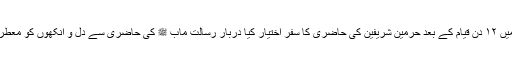
بغداد شریف میں ۱۲ دن قیام کے بعد حرمین شریفین کی حاضری کا سفر اختیار کیا دربار رسالت ماب ﷺ کی حاضری سے دل و آنکھوں کو معطر و منو رکیا ۔